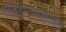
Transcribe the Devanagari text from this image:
संतईमामशाहए